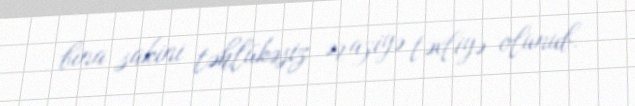
bina sakini təhlükəsiz əraziyə təxliyə olunub.